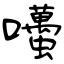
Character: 囆